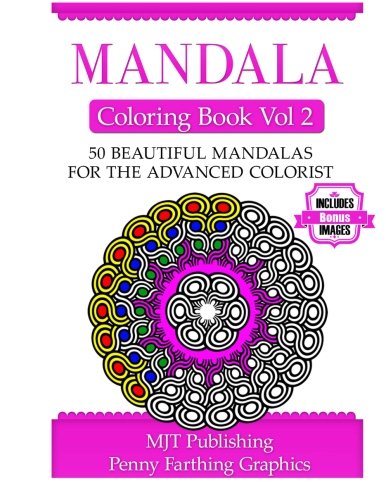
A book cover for Mandala Coloring Book Vol 2; MJT Publishing; Crafts, Hobbies & Home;